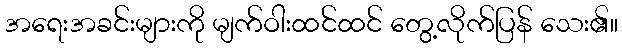
အရေးအခင်းများကို မျက်ဝါးထင်ထင် တွေ့လိုက်ပြန် သေး၏။